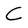
Character: C